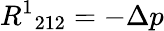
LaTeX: {R^{1}}_{212}=-\Delta p